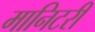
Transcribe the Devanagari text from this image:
मानिटरी